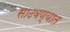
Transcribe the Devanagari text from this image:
साठवण्यात